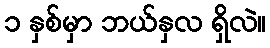
၁ နှစ်မှာ ဘယ်နှလ ရှိလဲ။